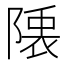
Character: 𮥙